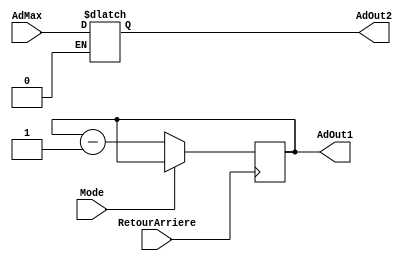
module GestionAd (RetourArriere, Mode, AdMax, AdOut1, AdOut2);

parameter POLARITY_RA = 1; // Front Montant =  '1' / Front Descendant  = '0'
parameter MODE = 1; //Mode normal = '1'	/ mode Review = '0' 

input RetourArriere;
input Mode;
input [6:0] AdMax;

output [6:0] AdOut1;
output [6:0] AdOut2;

reg [6:0] AdOut1;
reg [6:0] AdOut2;

wire PolRetourArriere;
assign PolRetourArriere = (POLARITY_RA == 1)? RetourArriere : ~RetourArriere; 

wire PolMode;
assign PolMode = (MODE == 1)? Mode : ~Mode;

always@(posedge(PolRetourArriere))
begin
	if (PolMode==0)
	begin
		AdOut1 <= AdOut1-1;
	end
end

always@(PolMode)
begin
	if (PolMode==1)
	begin
		AdOut2 <= AdMax;
	end
	if (PolMode==0)
	begin
		AdOut2 <= 7'bZZZZ;
	end
end

endmodule